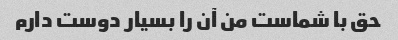
حق با شماست من آن را بسیار دوست دارم